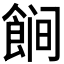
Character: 𱃩